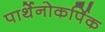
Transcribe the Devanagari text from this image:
पार्थेनोकर्पिक